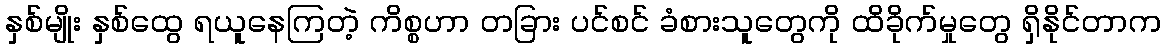
နှစ်မျိုး နှစ်ထွေ ရယူနေကြတဲ့ ကိစ္စဟာ တခြား ပင်စင် ခံစားသူတွေကို ထိခိုက်မှုတွေ ရှိနိုင်တာက